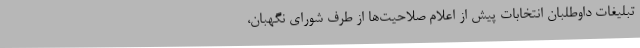
تبلیغات داوطلبان انتخابات پیش از اعلام صلاحیت‌ها از طرف شورای نگهبان،